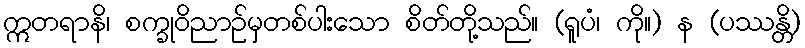
ဣတရာနိ၊ စက္ခုဝိညာဉ်မှတစ်ပါးသော စိတ်တို့သည်။ (ရူပံ၊ ကို။) န (ပဿန္တိ)